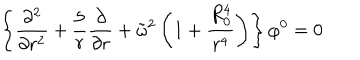
\left\{ { \frac { \partial ^ { 2 } } { \partial r ^ { 2 } } } + { \frac { 5 } { r } } { \frac { \partial } { \partial r } } + \tilde { \omega } ^ { 2 } \left( 1 + { \frac { R _ { 0 } ^ { 4 } } { r ^ { 4 } } } \right) \right\} \varphi ^ { 0 } = 0